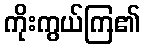
ကိုးကွယ်ကြ၏